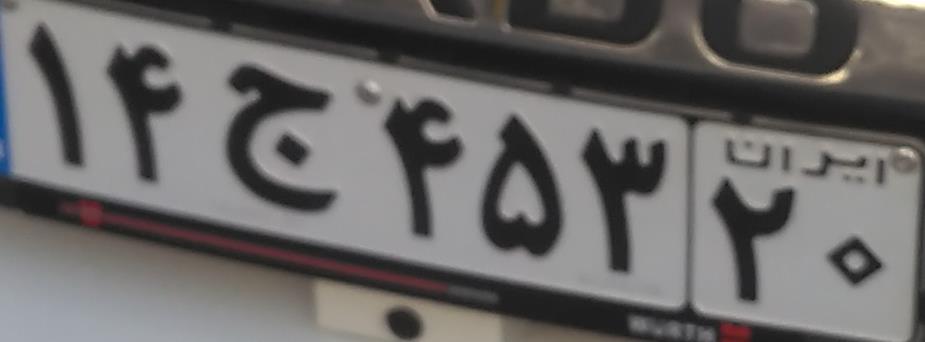
۱۴ج۴۵۳۲۰